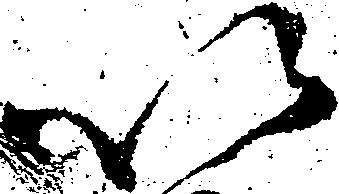
以